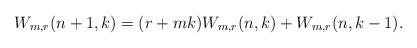
LaTeX: \begin{align*}W_{m,r}(n+1,k) = (r+mk)W_{m,r}(n,k) + W_{m,r}(n,k-1).\end{align*}